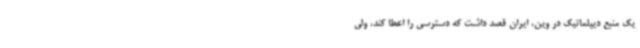
یک منبع دیپلماتیک در وین، ایران قصد داشت که دسترسی را اعطا کند، ولی